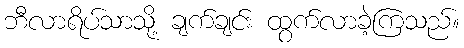
ဘီလာရိပ်သာသို့ ချက်ချင်း ထွက်လာခဲ့ကြသည်။